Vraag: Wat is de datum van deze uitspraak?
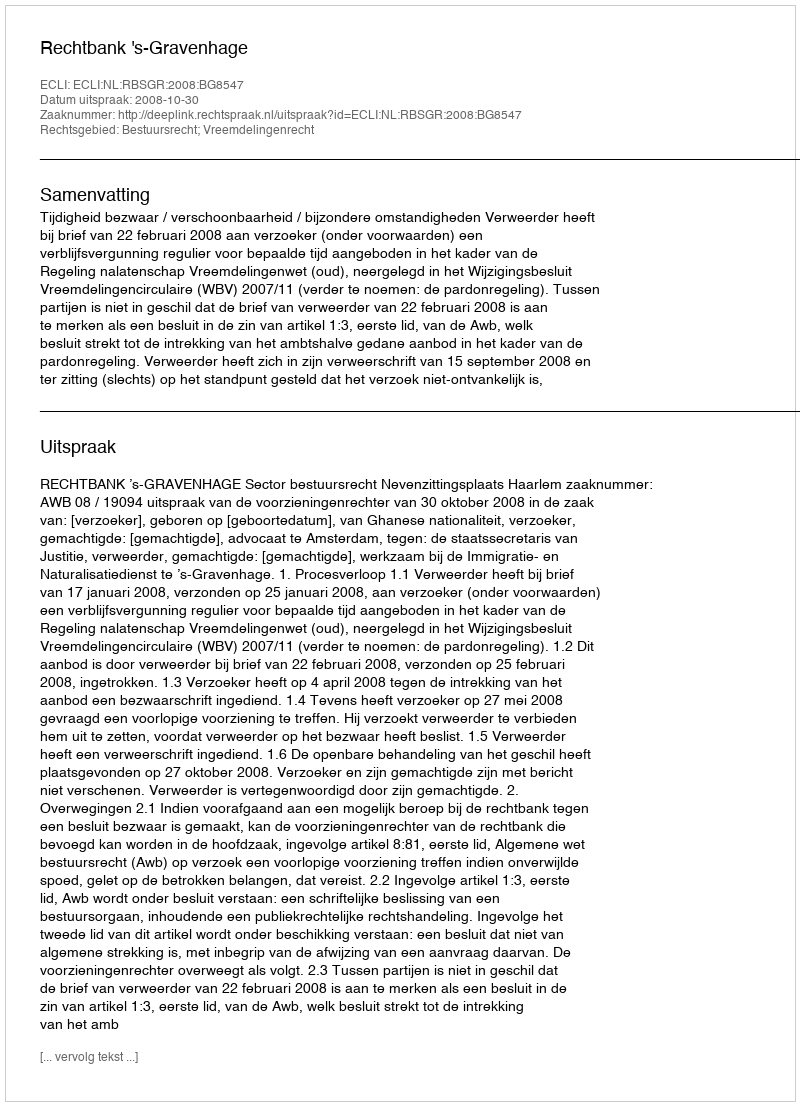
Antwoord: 2008-10-30